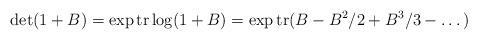
LaTeX: \begin{align*}\det(1+B) =\exp \mbox{tr}\log (1+B) =\exp\mbox{tr} (B-B^2/2+B^3/3-\dots)\end{align*}